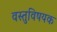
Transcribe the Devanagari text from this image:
वस्तुविषयक